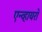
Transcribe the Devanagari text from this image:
एन्व्हायरो